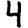
Digit: 4